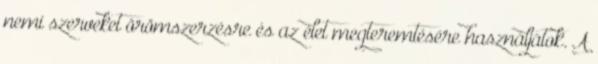
nemi szerveket örömszerzésre és az élet megteremtésére használjátok. A